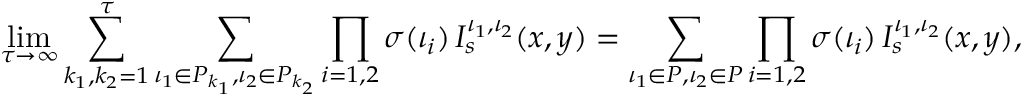
\operatorname* { l i m } _ { \tau \to \infty } \sum _ { k _ { 1 } , k _ { 2 } = 1 } ^ { \tau } \sum _ { \iota _ { 1 } \in P _ { k _ { 1 } } , \iota _ { 2 } \in P _ { k _ { 2 } } } \prod _ { i = 1 , 2 } \sigma ( \iota _ { i } ) \, I _ { s } ^ { \iota _ { 1 } , \iota _ { 2 } } ( x , y ) = \sum _ { \iota _ { 1 } \in P , \iota _ { 2 } \in P } \prod _ { i = 1 , 2 } \sigma ( \iota _ { i } ) \, I _ { s } ^ { \iota _ { 1 } , \iota _ { 2 } } ( x , y ) ,